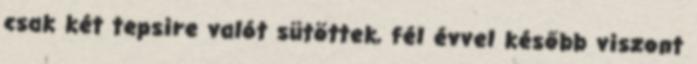
csak két tepsire valót sütöttek, fél évvel később viszont